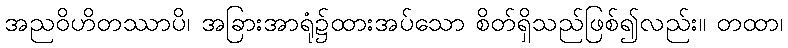
အညဝိဟိတဿာပိ၊ အခြားအာရုံ၌ထားအပ်သော စိတ်ရှိသည်ဖြစ်၍လည်း။ တထာ၊